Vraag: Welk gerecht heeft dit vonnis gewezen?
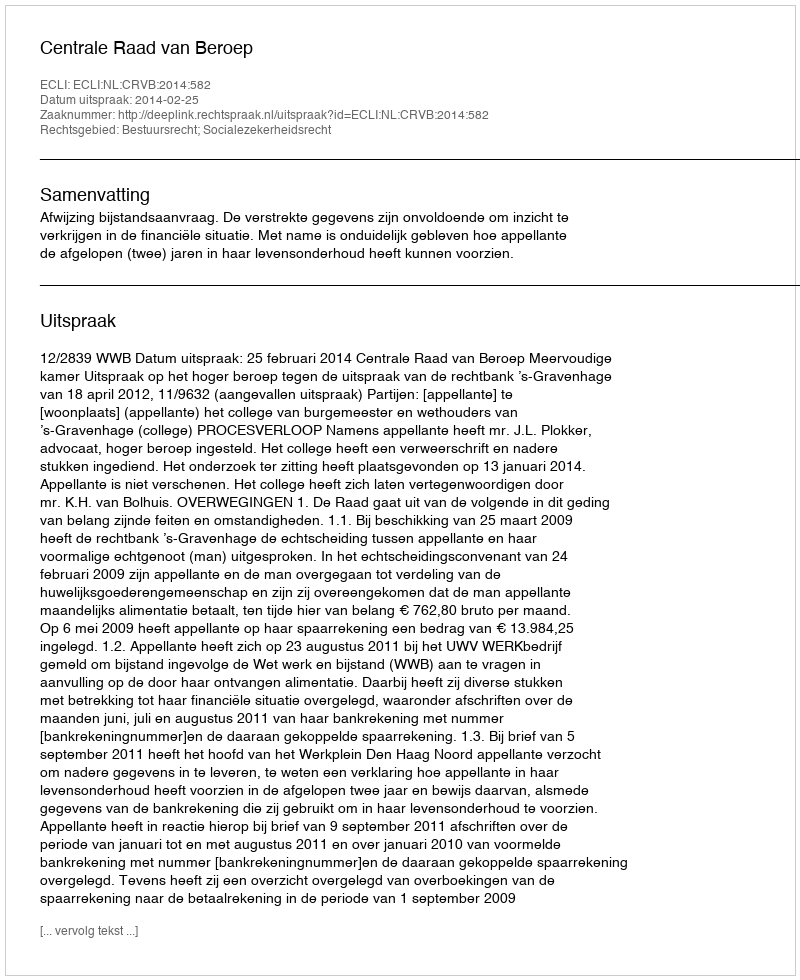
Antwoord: Centrale Raad van Beroep